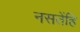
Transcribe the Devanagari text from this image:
नसतेंहि